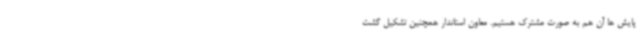
پایش ها آن هم به صورت مشترک هستیم. معاون استاندار همچنین تشکیل گشت